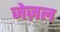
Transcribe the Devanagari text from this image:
जेज़ल